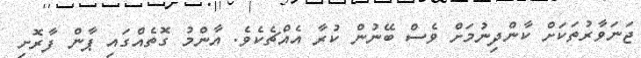
ޖަނަވާރުތަކަށް ކާންދިނުމަށް ވެސް ބޭނުން ކުރާ އެއްޗެކެވެ. އާންމު ގޮތެއްގައި ޕާން ފާރޮށި